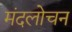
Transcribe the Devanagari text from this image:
मंदलोचन